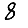
Digit: 8